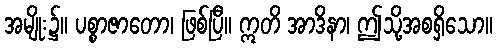
အမျိုး၌။ ပစ္စာဇာတော၊ ဖြစ်ပြီ။ ဣတိ အာဒိနာ၊ ဤသို့အစရှိသော။